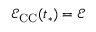
\mathcal { E } _ { \mathrm { C C } } ( t _ { * } ) = \mathcal { E }